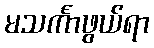
မသင်္ကာဖွယ်ရာ